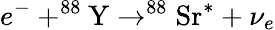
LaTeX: e^{-}+^{88}\textrm{Y}\to^{88}\textrm{Sr}^{*}+\nu_{e}